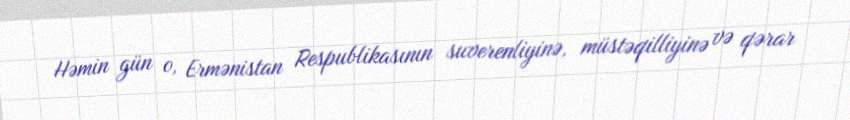
Həmin gün o, Ermənistan Respublikasının suverenliyinə, müstəqilliyinə və qərar